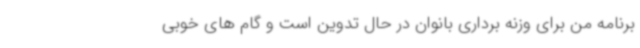
برنامه من برای وزنه برداری بانوان در حال تدوین است و گام های خوبی